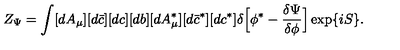
Z _ { \Psi } = \int [ d A _ { \mu } ] [ d \bar { c } ] [ d c ] [ d b ] [ d A _ { \mu } ^ { \ast } ] [ d \bar { c } ^ { \ast } ] [ d c ^ { \ast } ] \delta \Bigl [ \phi ^ { \ast } - \frac { \delta \Psi } { \delta \phi } \Bigr ] \exp \{ i S \} .